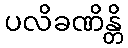
ပလိခဏိန္တိ